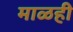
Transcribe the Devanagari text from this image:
माळही